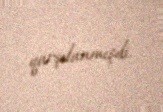
qarşılanmışdı.